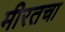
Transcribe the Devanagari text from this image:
मीरतचा